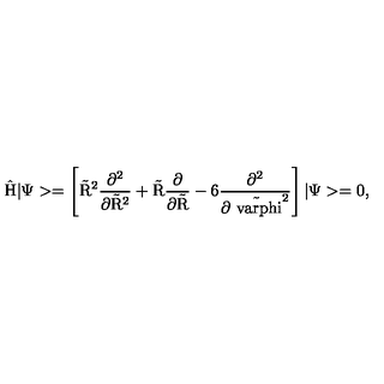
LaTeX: \mathrm { \hat { H } | \Psi > = \left[ \tilde { R } ^ { 2 } \frac { \partial ^ { 2 } } { \partial \tilde { R } ^ { 2 } } + \tilde { R } \frac { \partial } { \partial \tilde { R } } - 6 \frac { \partial ^ { 2 } } { \partial \tilde { \ v a r p h i } ^ { 2 } } \right] | \Psi > = 0 , }